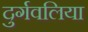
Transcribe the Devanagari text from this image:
दुर्गवलिया